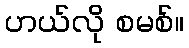
ဟယ်လို စမစ်။